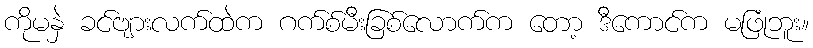
ကိုမနှဲ ခင်ဗျားလက်ထဲက ဂက်စ်မီးခြစ်လောက်က တော့ ဒီကောင်က မဖြုံဘူး။